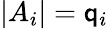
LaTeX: |A_{i}|=\mathsf{q}_{i}